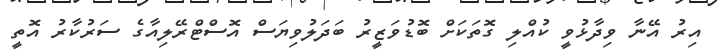
އިރު އޭނާ ވިދާޅުވީ ކުއްލި ގޮތަކަށް ބޮޑުވަޒީރު ބަދަލުވިޔަސް އޮސްޓްރޭލިއާގެ ސަރުކާރު އޮތީ